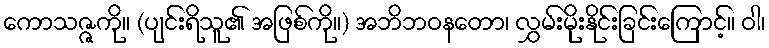
ကောသဇ္ဇကို။ (ပျင်းရိသူ၏ အဖြစ်ကို။) အဘိဘဝနတော၊ လွှမ်းမိုးနိုင်းခြင်းကြောင့်။ ဝါ၊